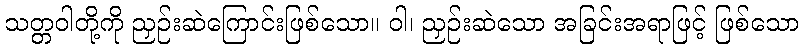
သတ္တဝါတို့ကို ညှဉ်းဆဲကြောင်းဖြစ်သော။ ဝါ၊ ညှဉ်းဆဲသော အခြင်းအရာဖြင့် ဖြစ်သော